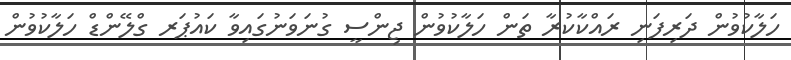
ހަލާކުވުން ދަރިފަނި ރައްކާކުރާ ތަން ހަލާކުވުން ޖިންސީ ގުނަވަނުގައިވާ ކައުޕަރ ގްލޭންޑް ހަލާކުވުން